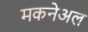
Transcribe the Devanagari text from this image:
मकनेअल